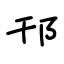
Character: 邗